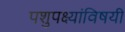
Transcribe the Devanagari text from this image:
पशुपक्ष्यांविषयी